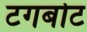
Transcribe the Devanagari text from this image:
टगबोट